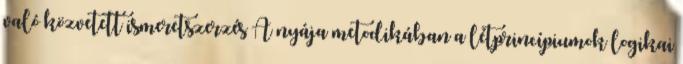
való közvetett ismeretszerzés A nyája metodikában a létprincípiumok logikai